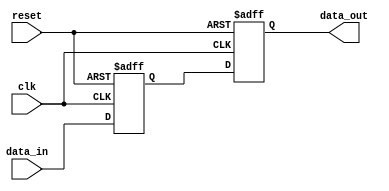
//delay 2 cycles
module delay2(data_in, data_out, clk, reset);
	
	input clk;
	input reset;
	input signed [24:0] data_in;
	output reg signed [24:0] data_out;
	
	reg signed [24:0] data_temp1;
	
	always @ ( posedge clk or posedge reset) begin
		if(reset) data_temp1 <= 0;
		else data_temp1 <= data_in;
	end
	
	always @ ( posedge clk or posedge reset) begin
		if(reset) data_out <= 0;
		else data_out <= data_temp1;
	end
	
endmodule